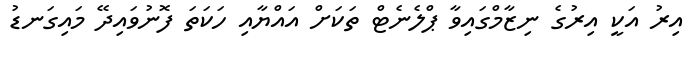
އިރު އަކީ އިރުގެ ނިޒާމްގައިވާ ޕްލެނެޓް ތަކަށް އައްޔާއި ހަކަތަ ފޮނުވައިދޭ މައިގަނޑު